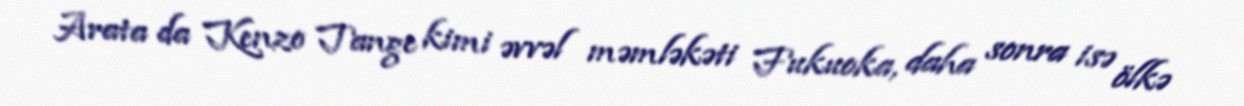
Arata da Kenzo Tange kimi əvvəl məmləkəti Fukuoka, daha sonra isə ölkə